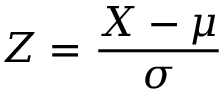
Z = { \frac { X - \mu } { \sigma } }